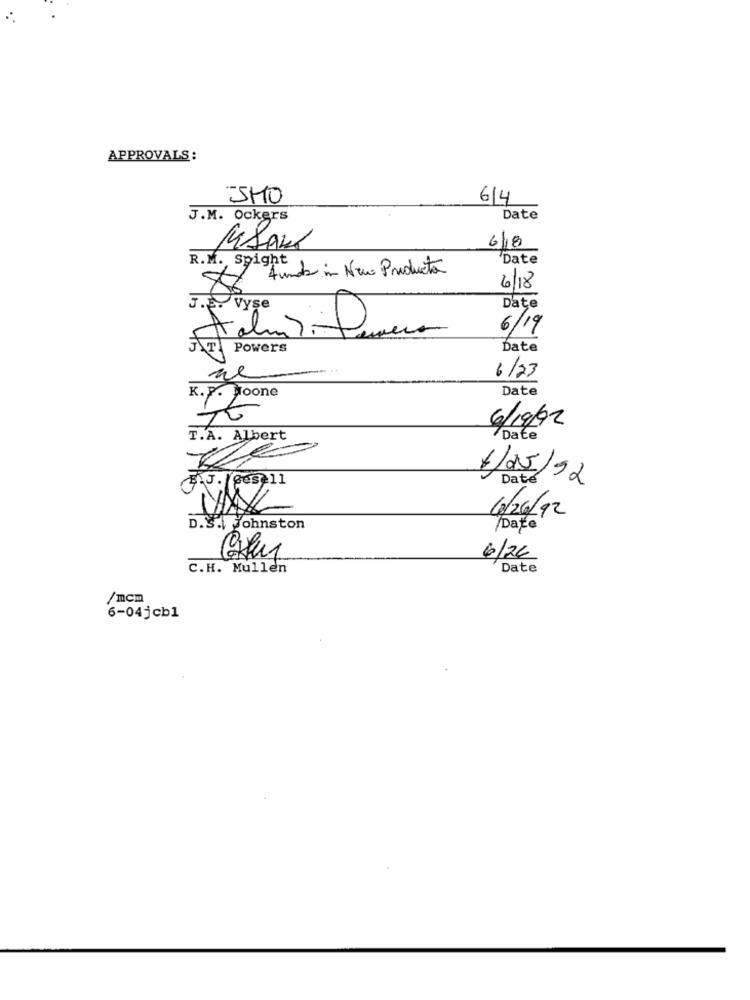
APPROVALS:
-SHO
6/4
J.M. Ockers
Date
MAAK
6/18
R.M. Spight
'Date
X Aundb in Nieuw Producto
6/18
J.F.
Vyşe
Date
6/19
Powers
Date
ne
6/23
Date
K.P. Noone
6/19/92
T.A. Albert
Date
1/25/92
Date
6/26/92
D.S. Johnston
Date
6/26
C.H. Mullen
Date
/mcm
6-04jcb1